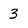
Character: 3